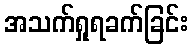
အသက်ရှုရခက်ခြင်း